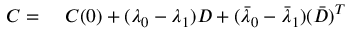
\begin{array} { r l } { C = } & { { } ~ C ( 0 ) + ( \lambda _ { 0 } - \lambda _ { 1 } ) D + ( \bar { \lambda } _ { 0 } - \bar { \lambda } _ { 1 } ) ( \bar { D } ) ^ { T } } \end{array}